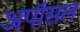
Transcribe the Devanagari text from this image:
अपॉसल